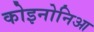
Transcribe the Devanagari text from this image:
कोइनोनिआ